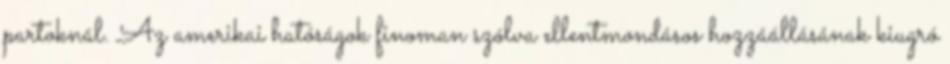
partoknál. Az amerikai hatóságok finoman szólva ellentmondásos hozzáállásának kiugró